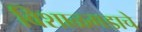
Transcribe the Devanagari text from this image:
विशाळगडाचे